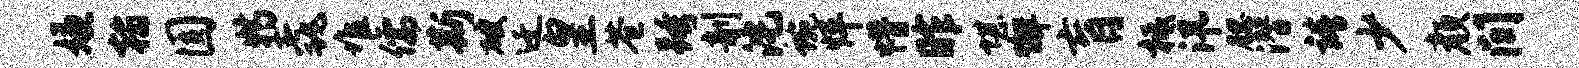
嫌翰圆特毳堆儒斯破迁皇苍跨剞沱蜿怦懵昨堪懈肓柢汛腮潜靖少颜间